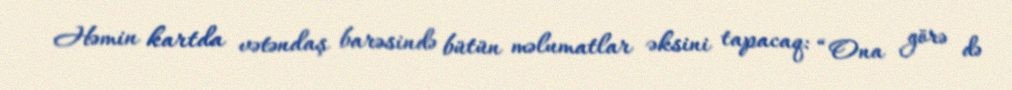
Həmin kartda vətəndaş barəsində bütün məlumatlar əksini tapacaq: “Ona görə də